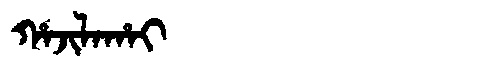
Manchu: ᡥᠠᠵᡳᠯᠠᡥᠠᡳ
Romanization: HAJILAHAI